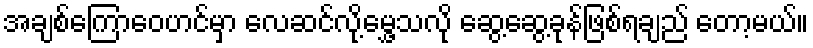
အချစ်ကြောဝေဟင်မှာ လေဆင်လို့မွှေ့သလို ဆွေ့ဆွေ့ခုန်ဖြစ်ရချည် တော့မယ်။